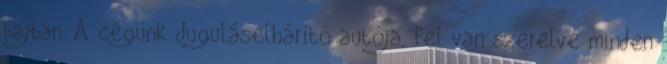
bajban. A cégünk duguláselhárító autója, fel van szerelve minden